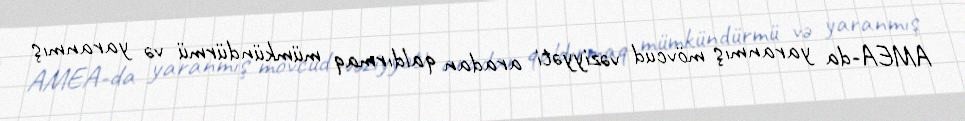
AMEA-da yaranmış mövcud vəziyyəti aradan qaldırmaq mümkündürmü və yaranmış